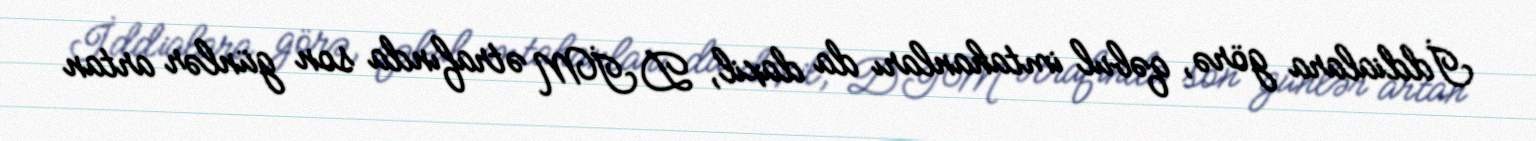
İddialara görə, qəbul imtahanları da daxil, DİM ətrafında son günlər artan